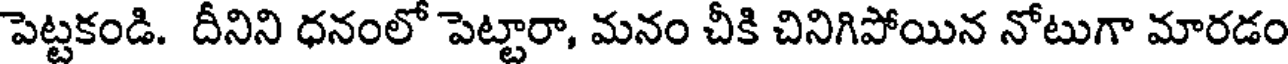
పెట్టకండి. దీనిని ధనంలో పెట్టారా, మనం చీకి చినిగిపోయిన నోటుగా మారడం